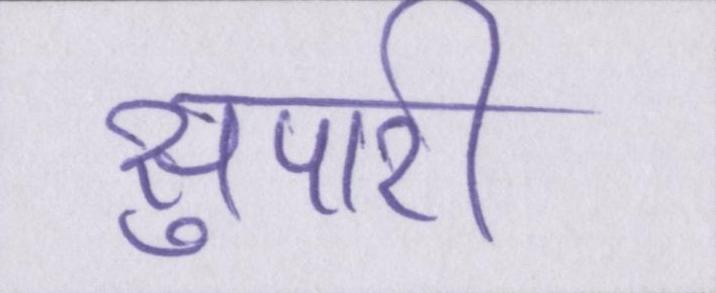
सुपारी